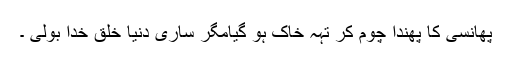
پھانسی کا پھندا چوم کر تہہ خاک ہو گیامگر ساری دنیا خلق خدا بولی ۔